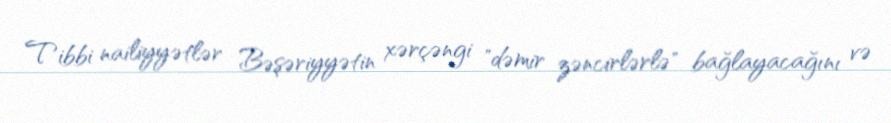
Tibbi nailiyyətlər Bəşəriyyətin xərçəngi "dəmir zəncirlərlə" bağlayacağını və